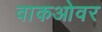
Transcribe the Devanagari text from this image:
वाकओवर